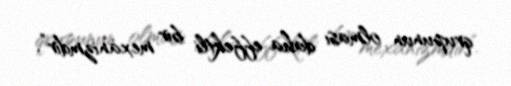
qrupunun olması daha effektli bir mexanizmdir”.